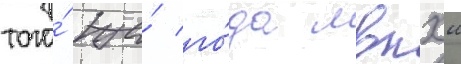
того́ же́ го́да мвпхш